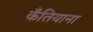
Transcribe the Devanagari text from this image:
कँतियाना